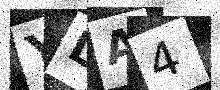
Text: YLA4